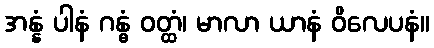
အန္နံ ပါနံ ဂန္ဓံ ဝတ္ထံ၊ မာလာ ယာနံ ဝိလေပနံ။